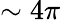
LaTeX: \sim 4\pi